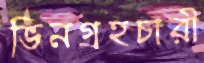
ভিনগ্রহচারী